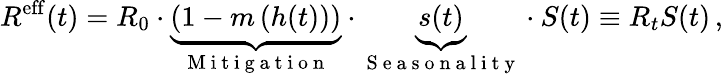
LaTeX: R^{\mathrm{eff}}(t)=R_{0}\cdot\underbrace{\left(1-m\left(h(t)\right)\right)}_{\mathrm{~M~i~t~i~g~a~t~i~o~n~}}\cdot\underbrace{s(t)}_{\mathrm{~S~e~a~s~o~n~a~l~i~t~y~}}\cdot S(t)\equiv R_{t}S(t)\, ,